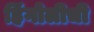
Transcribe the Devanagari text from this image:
हिंगोलीची